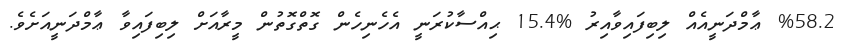
%58.2 ޢާމްދަނީއެއް ލިބިފައިވާއިރު %15.4 ޙިއްސާކުރަނީ އެހެނިހެން ގޮތްގޮތުން މީރާއަށް ލިބިފައިވާ ޢާމްދަނީއަށެވެ.